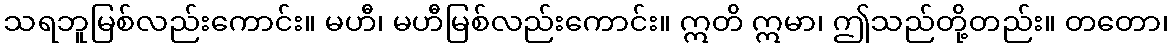
သရဘူမြစ်လည်းကောင်း။ မဟီ၊ မဟီမြစ်လည်းကောင်း။ ဣတိ ဣမာ၊ ဤသည်တို့တည်း။ တတော၊